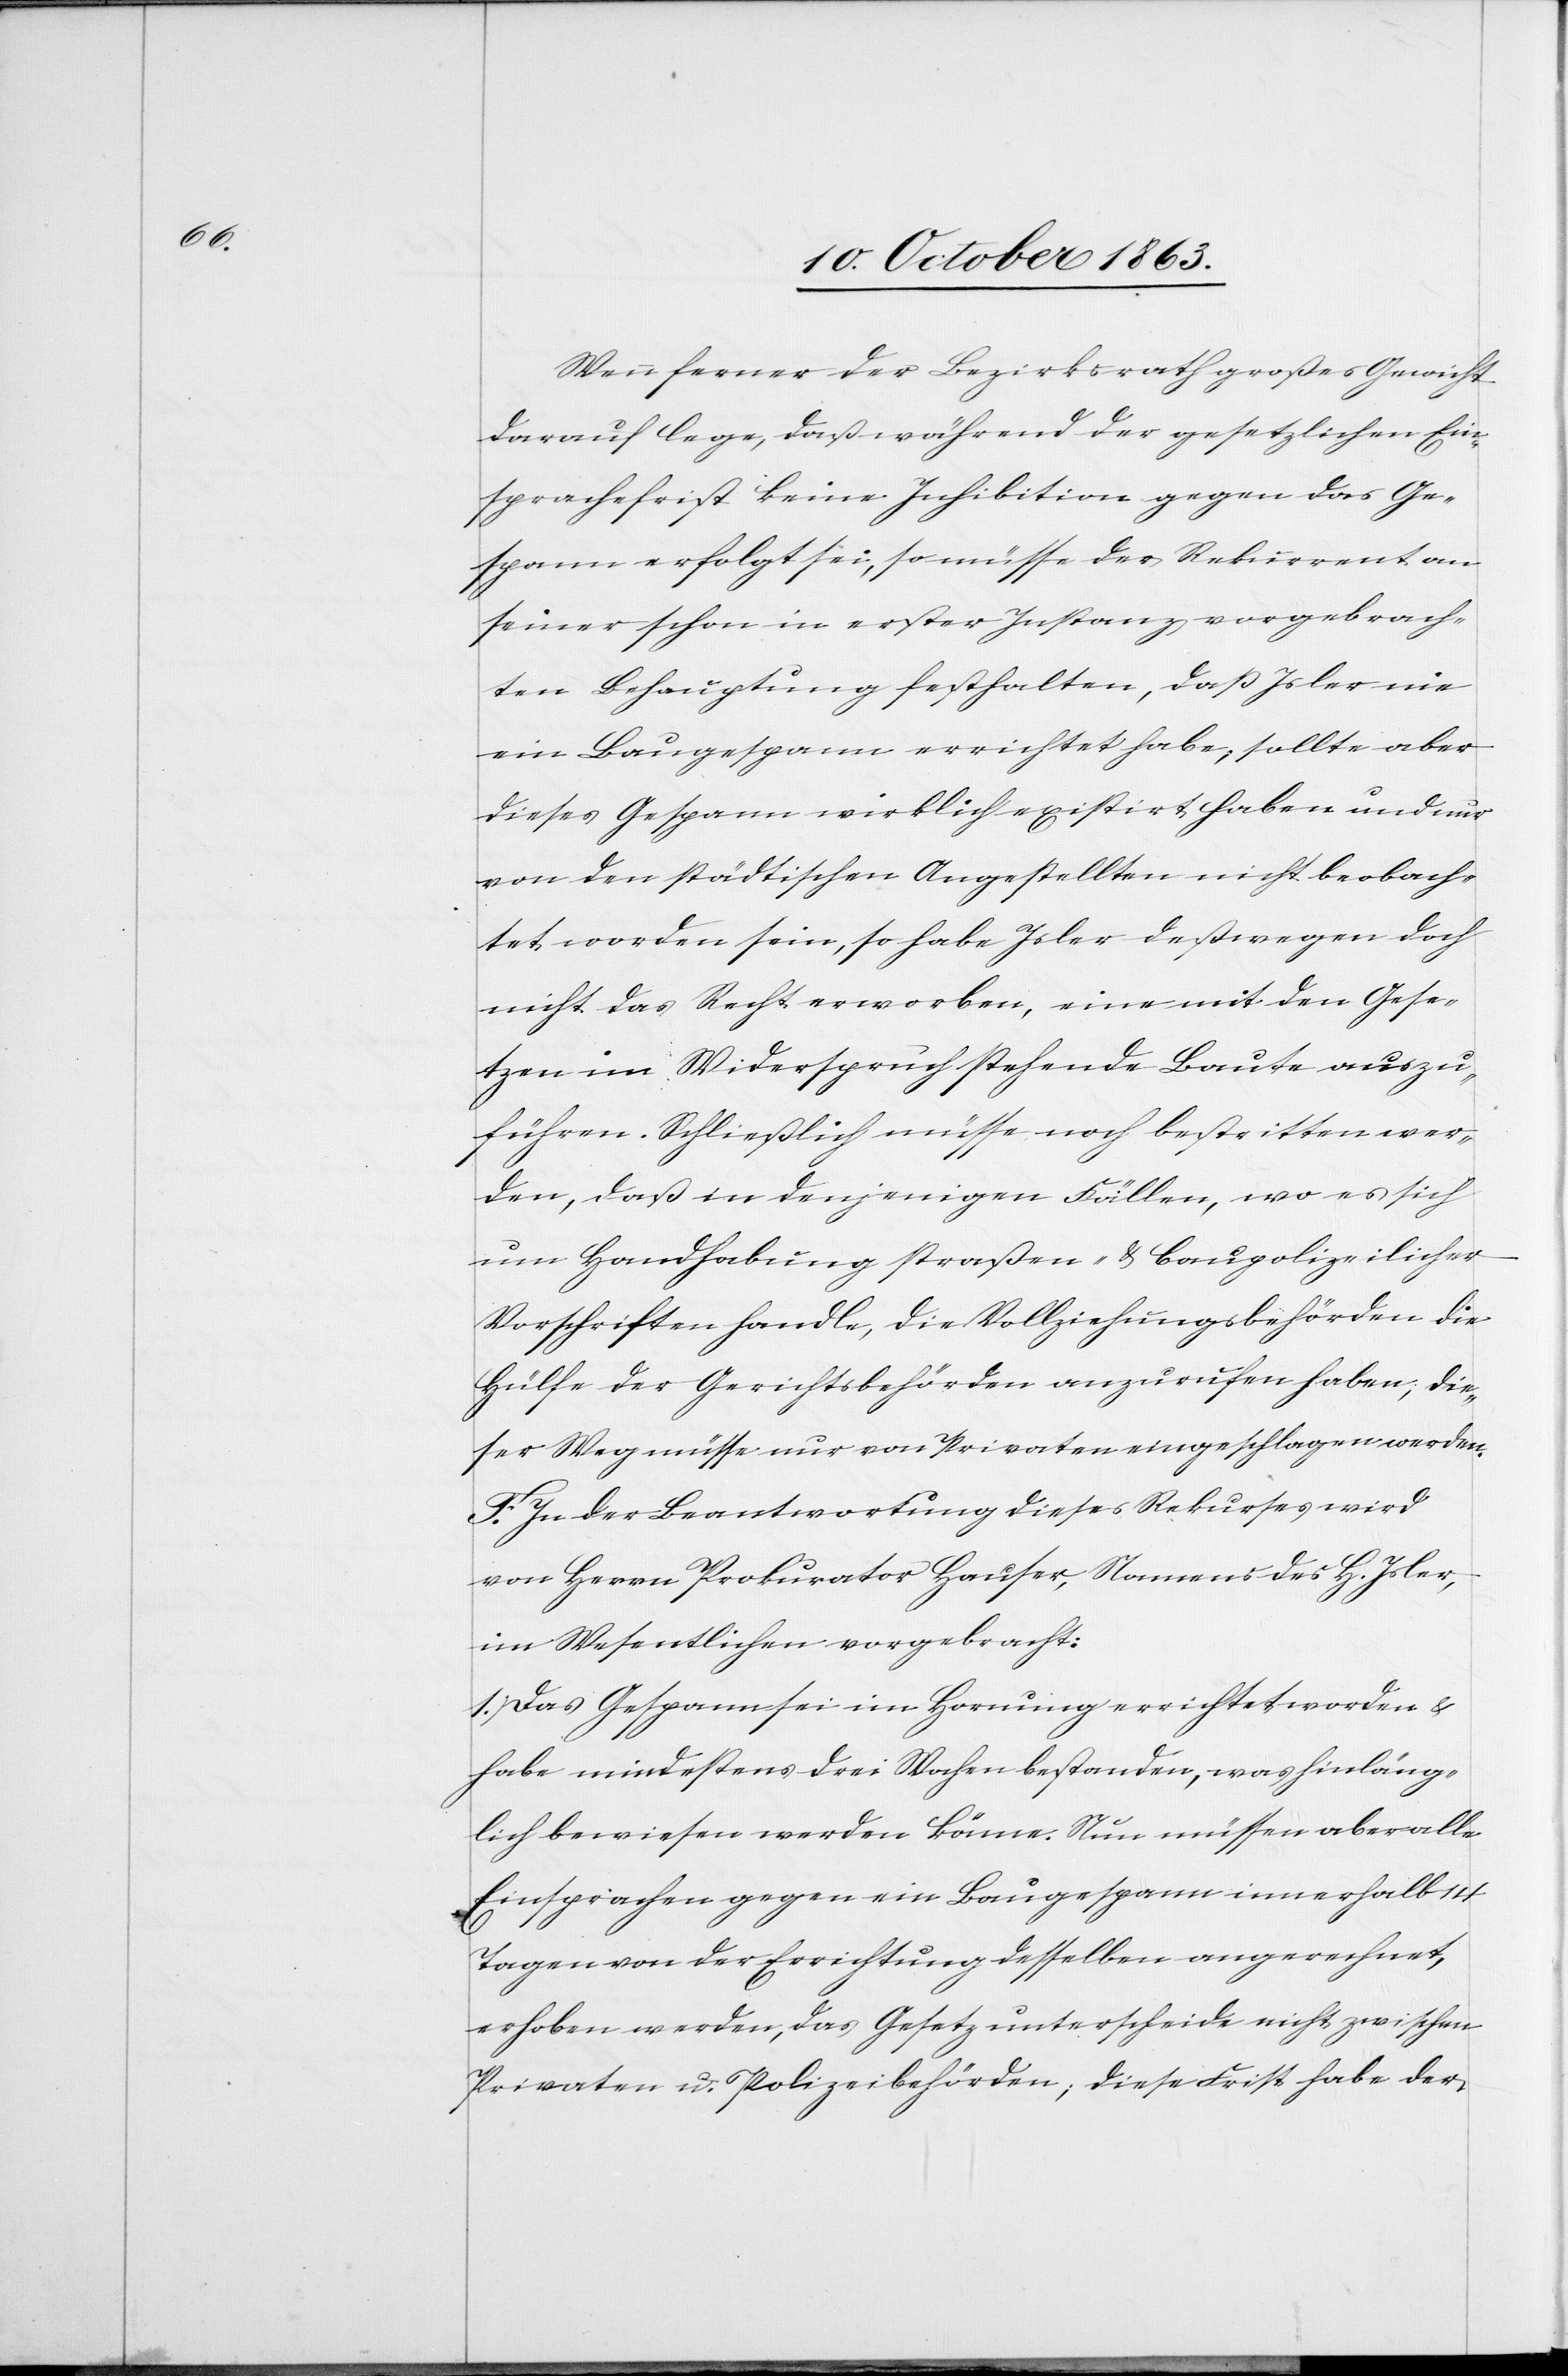
Wenn ferner der Bezirksrath großes Gewicht
darauf lege, daß während der gesetzlichen Ein¬
sprachefrist keine Inhibition gegen das Ge¬
spann erfolgt sei, so müsse der Rekurrent an
seiner schon in erster Instanz vorgebrach¬
ten Behauptung festhalten, daß Isler nie
ein Baugespann errichtet habe; sollte aber
dieses Gespann wirklich existirt haben und nur
von den städtischen Angestellten nicht beobach¬
tet worden sein, so habe Isler deßwegen doch
nicht das Recht erworben, eine mit den Gese¬
tzen im Widerspruch stehende Baute auszu¬
führen. Schließlich müsse noch bestritten wer¬
den, daß in denjenigen Fällen, wo es sich
um Handhabung straßen- & baupolizeilicher
Vorschriften handle, die Vollziehungsbehörden die
Hülfe der Gerichtsbehörden anzurufen haben, die¬
ser Weg müsse nur von Privaten eingeschlagen werden.
F. In der Beantwortung dieses Rekurses wird
von Herrn Prokurator Hauser, Namens des H. Isler,
im Wesentlichen vorgebracht:
1.) Das Gespann sei im Hornung errichtet worden &
habe mindestens drei Wochen bestanden, was hinläng¬
lich bewiesen werden könne. Nun müssen aber alle
Einsprachen gegen ein Baugespann innerhalb 14
Tagen von der Errichtung desselben angerechnet,
erhoben werden, das Gesetz unterscheide nicht zwischen
Privaten u. Polizeibehörden; diese Frist habe der